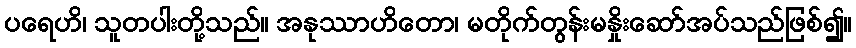
ပရေဟိ၊ သူတပါးတို့သည်။ အနုဿာဟိတော၊ မတိုက်တွန်းမနှိုးဆော်အပ်သည်ဖြစ်၍။